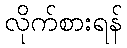
လိုက်စားရန်